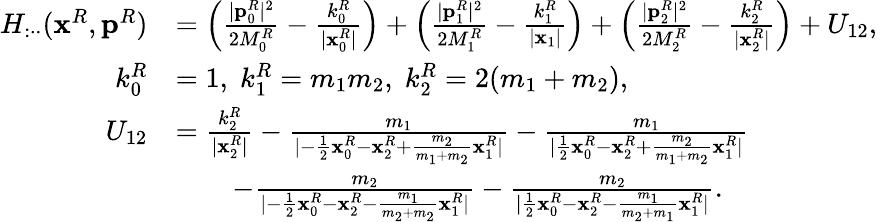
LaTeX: \begin{array}{rl}{H_{:\cdot\cdot}(\mathbf{x}^{R},\mathbf{p}^{R})}&{=\Big(\frac{|\mathbf{p}_{0}^{R}|^{2}}{2M_{0}^{R}}-\frac{k_{0}^{R}}{|\mathbf{x}_{0}^{R}|}\Big)+\Big(\frac{|\mathbf{p}_{1}^{R}|^{2}}{2M_{1}^{R}}-\frac{k_{1}^{R}}{|\mathbf{x}_{1}|}\Big)+\Big(\frac{|\mathbf{p}_{2}^{R}|^{2}}{2M_{2}^{R}}-\frac{k_{2}^{R}}{|\mathbf{x}_{2}^{R}|}\Big)+U_{12},}\\ {k_{0}^{R}}&{=1,\; k_{1}^{R}=m_{1}m_{2},\; k_{2}^{R}=2(m_{1}+m_{2}),}\\ {U_{12}}&{=\frac{k_{2}^{R}}{|\mathbf{x}_{2}^{R}|}-\frac{m_{1}}{|-\frac{1}{2}\mathbf{x}_{0}^{R}-\mathbf{x}_{2}^{R}+\frac{m_{2}}{m_{1}+m_{2}}\mathbf{x}_{1}^{R}|}-\frac{m_{1}}{|\frac{1}{2}\mathbf{x}_{0}^{R}-\mathbf{x}_{2}^{R}+\frac{m_{2}}{m_{1}+m_{2}}\mathbf{x}_{1}^{R}|}}\\ &{\quad\quad-\frac{m_{2}}{|-\frac{1}{2}\mathbf{x}_{0}^{R}-\mathbf{x}_{2}^{R}-\frac{m_{1}}{m_{2}+m_{2}}\mathbf{x}_{1}^{R}|}-\frac{m_{2}}{|\frac{1}{2}\mathbf{x}_{0}^{R}-\mathbf{x}_{2}^{R}-\frac{m_{1}}{m_{2}+m_{1}}\mathbf{x}_{1}^{R}|}.}\end{array}